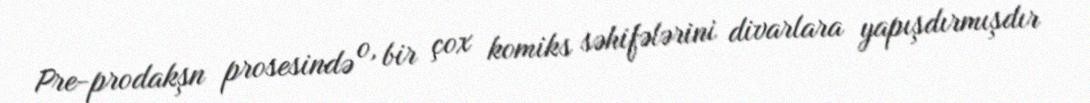
Pre-prodakşn prosesində o, bir çox komiks səhifələrini divarlara yapışdırmışdır